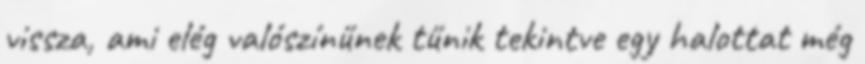
vissza, ami elég valószínűnek tűnik tekintve egy halottat még